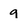
Character: g